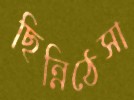
ছিন্নিঠেসা